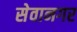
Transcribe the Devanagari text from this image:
सेवानगर